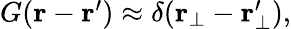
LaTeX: \begin{array}{r}{G(\textbf{r}-\textbf{r}^{\prime})\approx\delta(\textbf{r}_{\bot}-\textbf{r}_{\bot}^{\prime}),}\end{array}